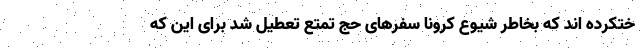
ختکرده اند که بخاطر شیوع کرونا سفرهای حج تمتع تعطیل شد برای این که